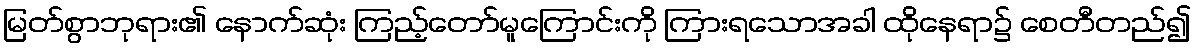
မြတ်စွာဘုရား၏ နောက်ဆုံး ကြည့်တော်မူကြောင်းကို ကြားရသောအခါ ထိုနေရာ၌ စေတီတည်၍